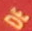
DE